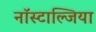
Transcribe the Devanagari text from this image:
नॉस्टाल्जिया